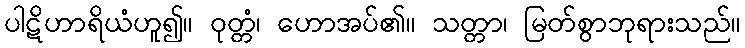
ပါဋိဟာရိယံဟူ၍။ ဝုတ္တံ၊ ဟောအပ်၏။ သတ္တာ၊ မြတ်စွာဘုရားသည်။